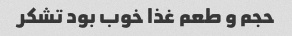
حجم و طعم غذا خوب بود تشکر